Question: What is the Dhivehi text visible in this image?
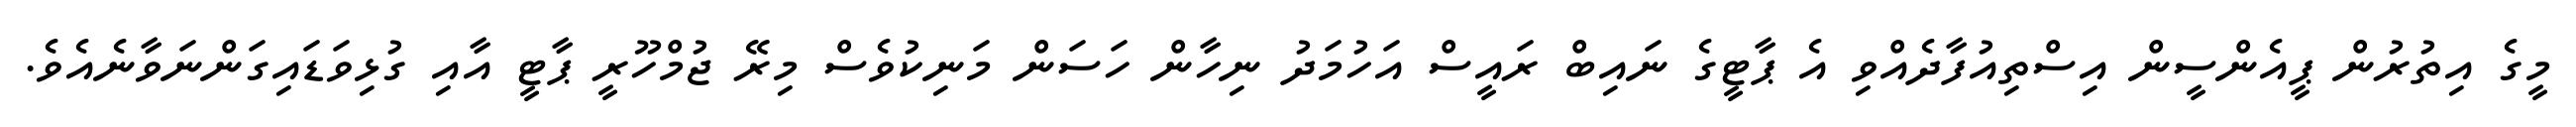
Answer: މީގެ އިތުރުން ޕީއެންސީން އިސްތިއުފާދެއްވި އެ ޕާޓީގެ ނައިބް ރައީސް އަހުމަދު ނިހާން ހަސަން މަނިކުވެސް މިރޭ ޖުމްހޫރީ ޕާޓީ އާއި ގުޅިވަޑައިގަންނަވާނެއެވެ.